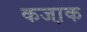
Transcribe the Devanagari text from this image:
कजा़क